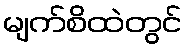
မျက်စိထဲတွင်